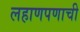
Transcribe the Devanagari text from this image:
लहाणपणाची